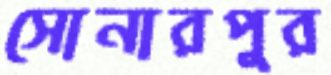
সোনারপুর